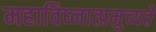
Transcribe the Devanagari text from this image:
महाविघ्नात्प्रमुच्यते